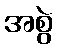
အစွဲ